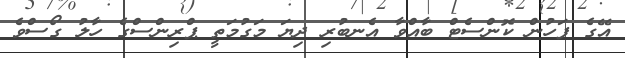
އޭގެ ފަހުން ކޮންސެޓް ބާއްވާ އެނބުރި ދިޔަ މަގުމަތީ ޕްރިންސްގެ ހާލު ގޯސްވެ